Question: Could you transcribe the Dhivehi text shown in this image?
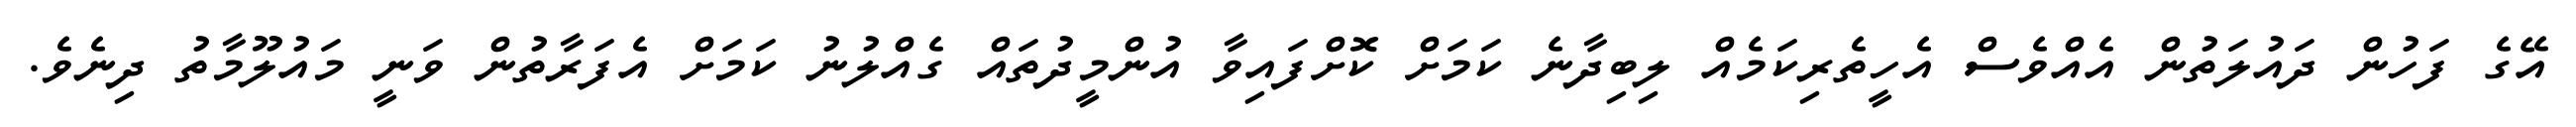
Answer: އޭގެ ފަހުން ދައުލަތުން އެއްވެސް އެހީތެރިކަމެއް ލިބިދާނެ ކަމަށް ކޮށްފައިވާ އުންމީދުތައް ގެއްލުނު ކަމަށް އެފަރާތުން ވަނީ މައުލޫމާތު ދިނެވެ.